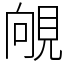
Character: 䚁